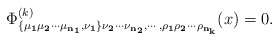
\begin{align*}\Phi^{(k)}_{\bf \{\mu_1\mu_2\cdots\mu_{n_1}, \nu_1\}\nu_2\cdots\nu_{n_2},\cdots,\rho_1\rho_2\cdots\rho_{n_k}}(x)=0.\end{align*}